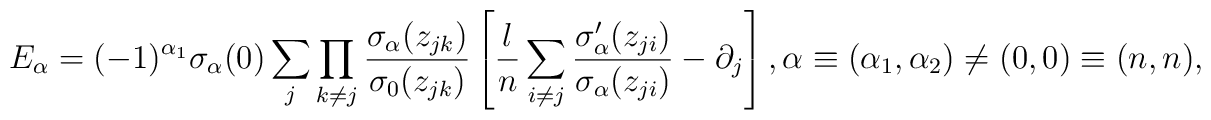
E_{\alpha} = (-1)^{\alpha_1}\sigma_{\alpha}(0)\sum_j\prod_{k \neq j}\frac{\sigma_{\alpha}(z_{jk})}{\sigma_0(z_{jk})}\left [ \frac{l}{n}\sum_{i \neq j}\frac{\sigma_{\alpha}^\prime(z_{ji})}{\sigma_{\alpha}(z_{ji})} - \partial_j \right ],\alpha \equiv (\alpha_1, \alpha_2) \neq (0, 0) \equiv (n, n),